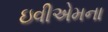
ઇવીએમના